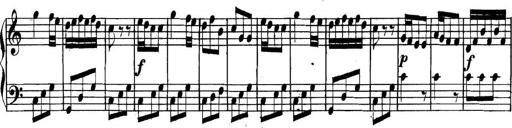
Title: Collected Piano Sonatas
Composer: Muzio Clementi